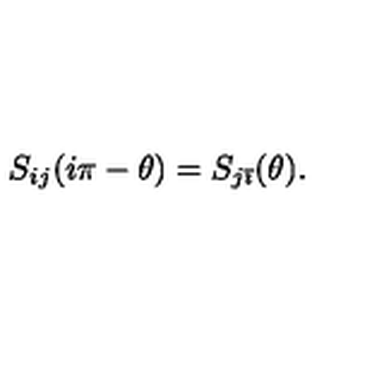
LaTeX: S _ { i j } ( i \pi - \theta ) = S _ { j \bar { \imath } } ( \theta ) .